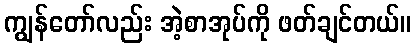
ကျွန်တော်လည်း အဲ့စာအုပ်ကို ဖတ်ချင်တယ်။